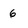
Character: 6